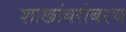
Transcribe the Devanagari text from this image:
शाखांबरोबरच